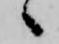
ヽ